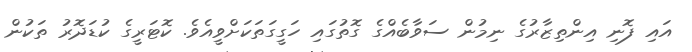
އައި ފޮނި އިންތިޒާރުގެ ނިމުން ސަވާބެއްގެ ގޮތުގައި ހަގީގަތަކަށްވީއެވެ. ކޮޓަރީގެ ކުޑަދޮރު ތަކުން